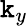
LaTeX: \texttt{k}_{y}